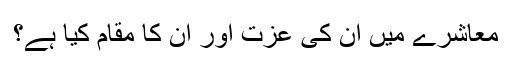
معاشرے میں ان کی عزت اور ان کا مقام کیا ہے؟